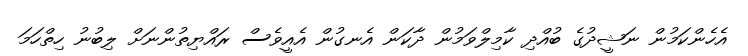
އެހެންކަމުން ނަޝީދުގެ ބުއްދި ކާމިލްވަމުން ދާކަން އެނގުން އެއީވެސް ރައްޔިތުންނަށް ލިބުނު ހިތްހަމަ